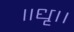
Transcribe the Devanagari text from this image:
॥धृ।।